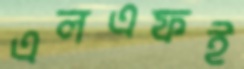
এলএফই